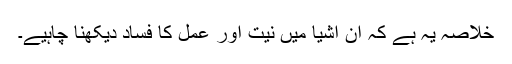
خلاصہ یہ ہے کہ ان اشیا میں نیت اور عمل کا فساد دیکھنا چاہیے۔